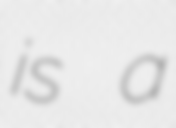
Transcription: is a